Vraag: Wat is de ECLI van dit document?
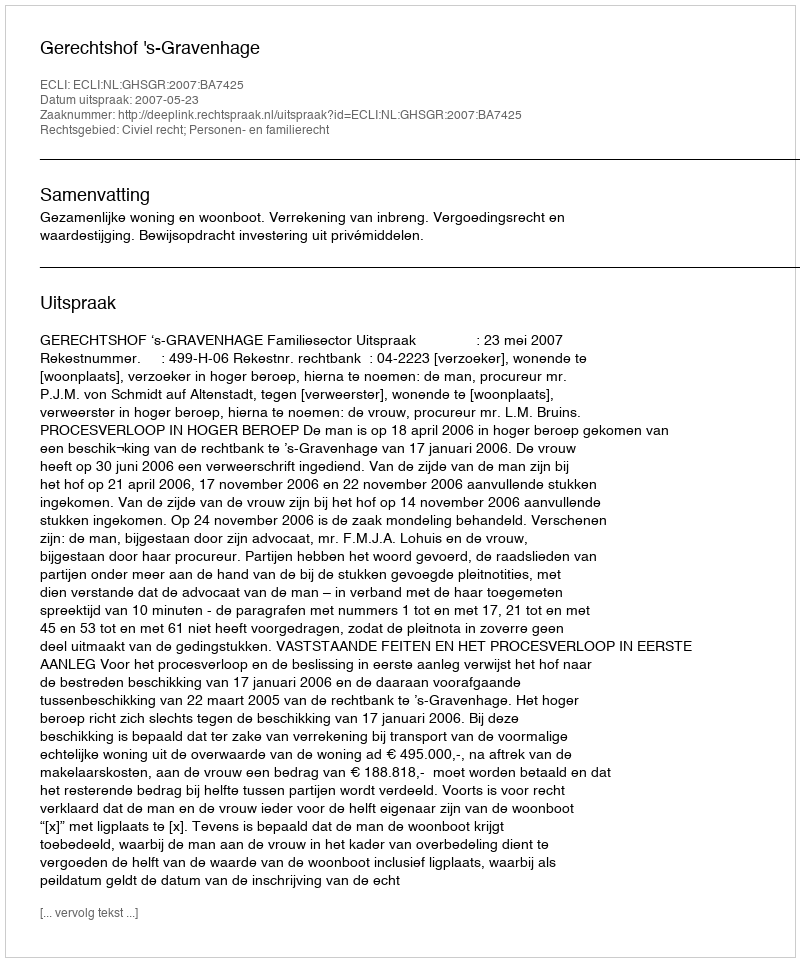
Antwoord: ECLI:NL:GHSGR:2007:BA7425